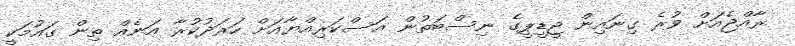
ރާއްޖެއަށް ވުރެ ގިނައިން ޖީޑީޕީގެ ނިސްބަތުން އަސްކަރިއްޔާއަށް ހަރަދުކުރާ އަނެއް ތިން ގައުމަކީ